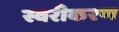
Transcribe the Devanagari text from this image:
स्वरीकरण